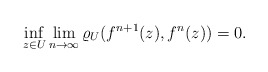
\begin{align*}\inf_{z\in U}\lim_{n\to\infty} \varrho_U(f^{n+1}(z), f^n(z)) =0. \end{align*}